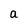
Character: a